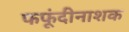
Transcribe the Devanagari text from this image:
फफूंदीनाशक